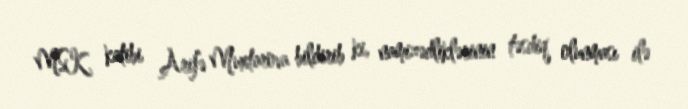
MSK katibi Arifə Muxtarova bildirib ki, namizədliklərinin təsdiq olunması ilə